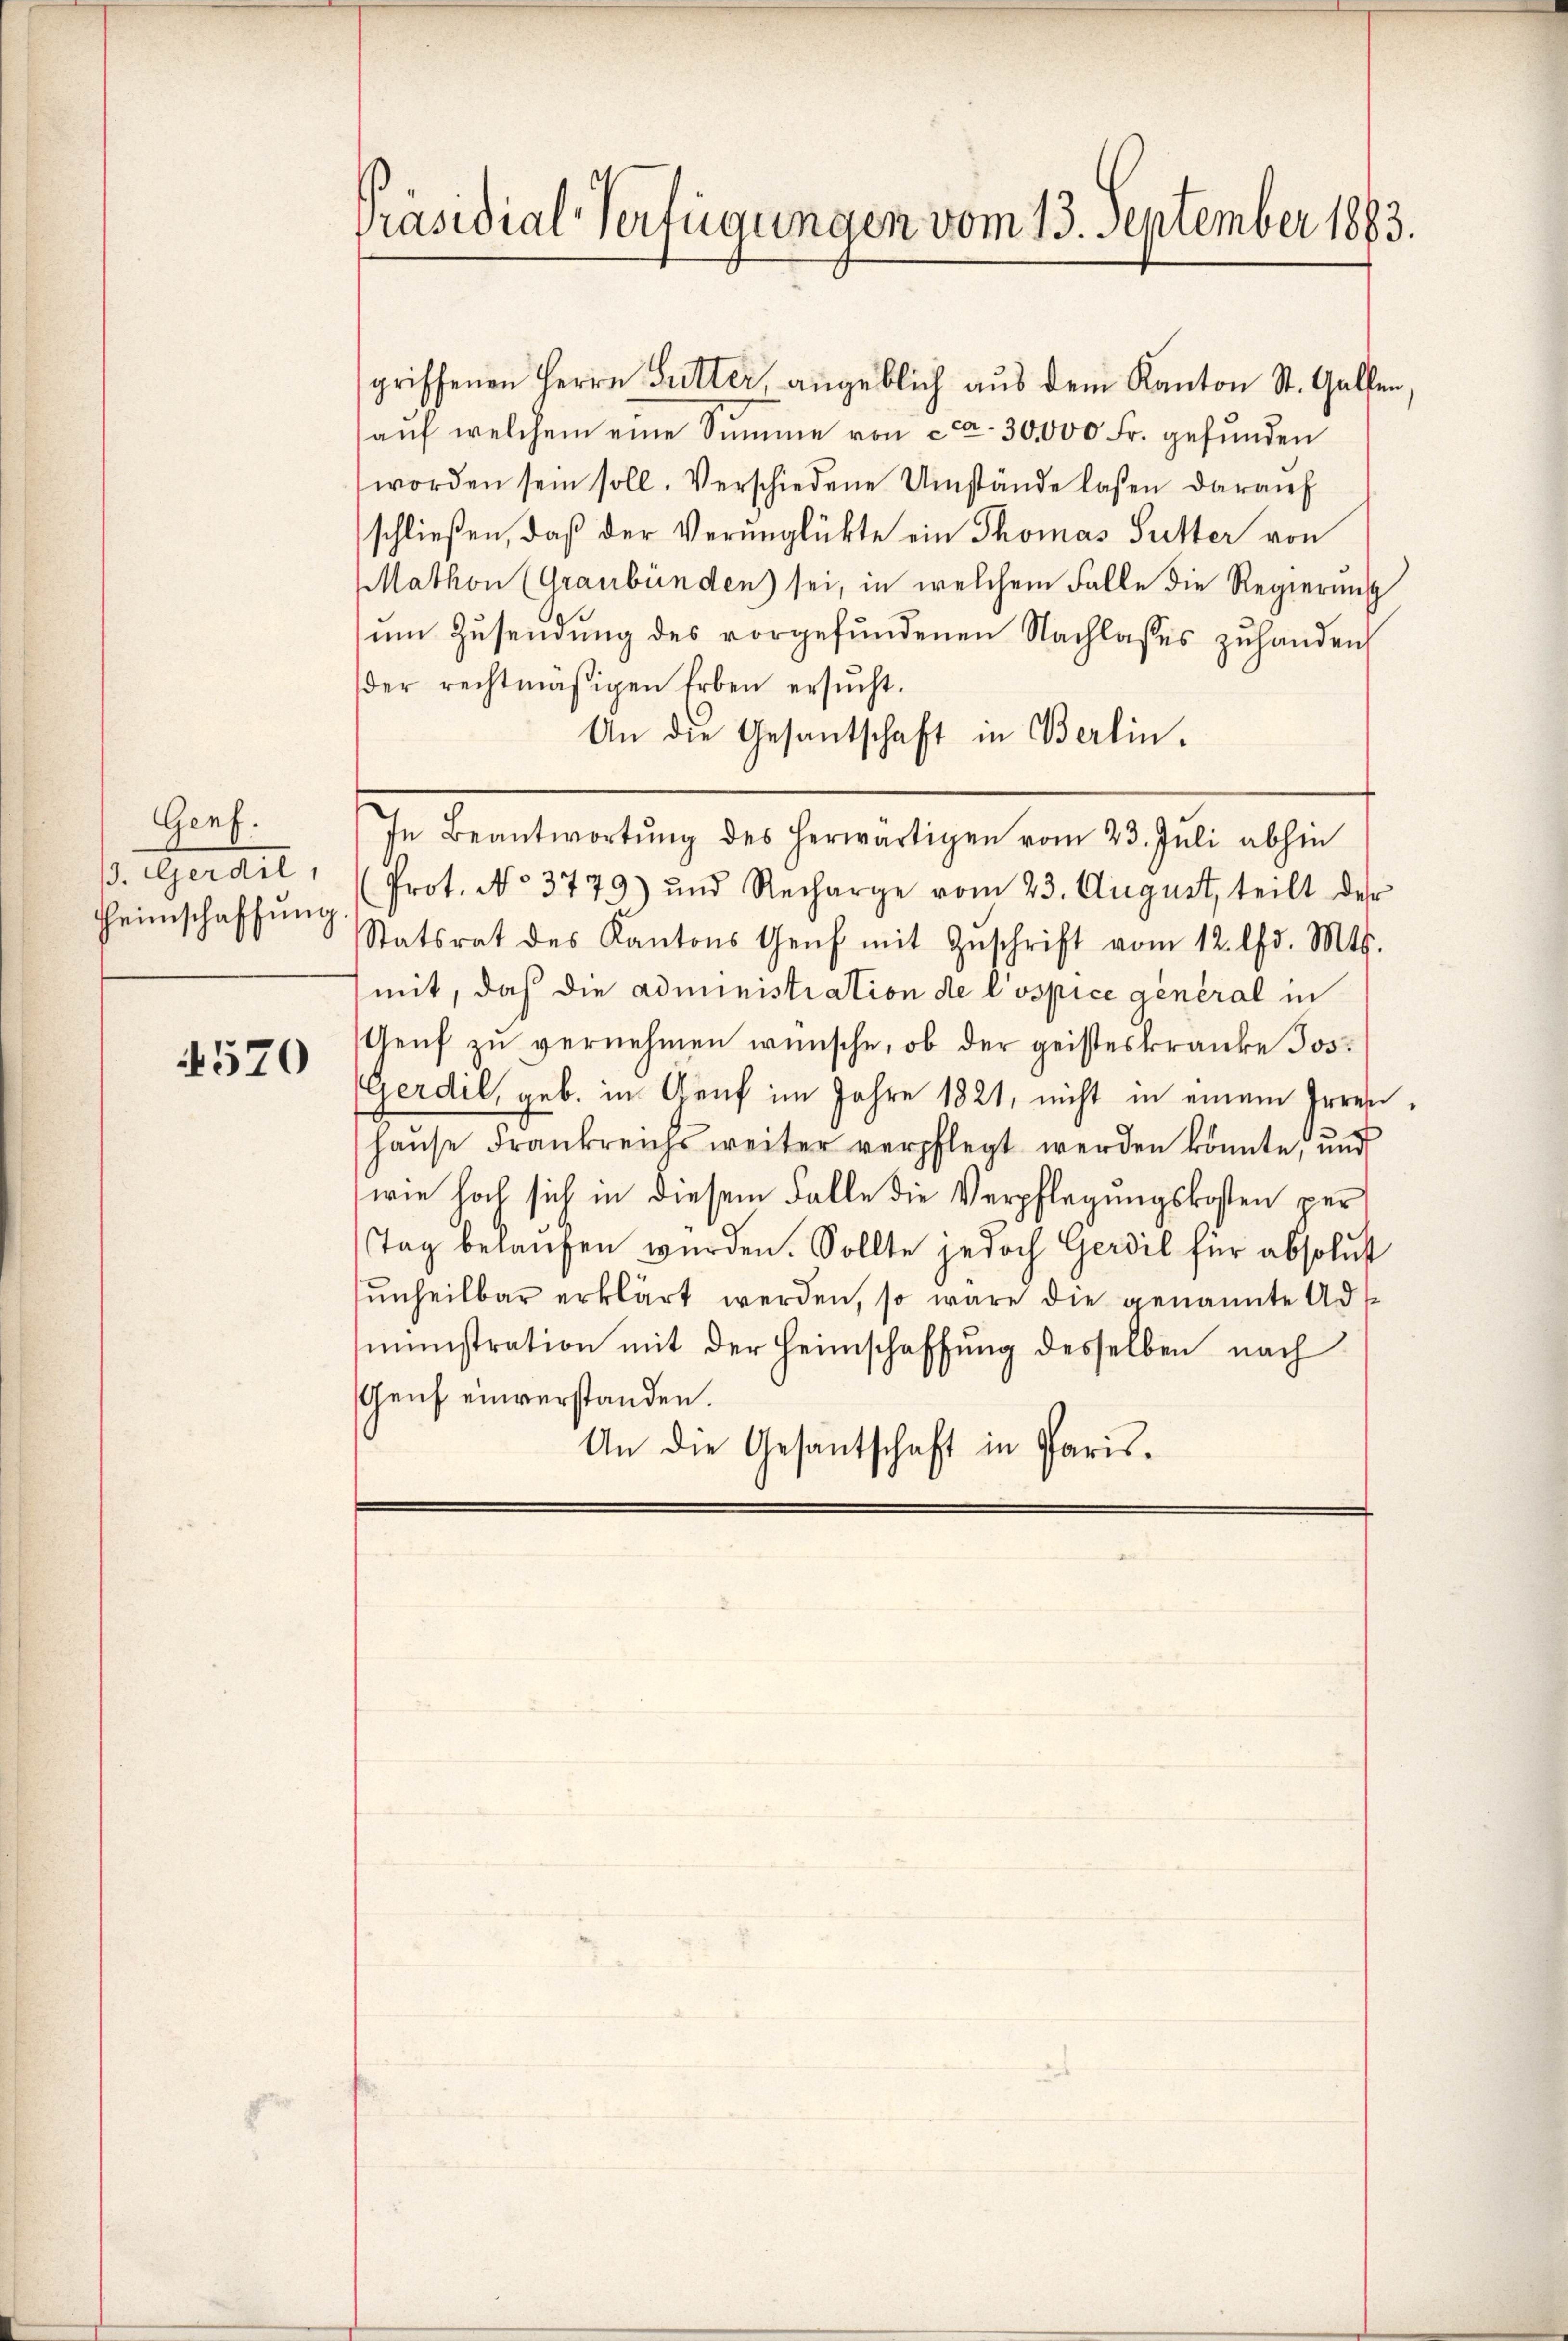
Genf.
s. Gerait,
Heimschaffung

570

Präsidial-Verfügungen vom 13. September 1883.

griffenen Herrn Gutter, angeblich aus dem Kanton St. Gallen,
aŭf welchem eine Summe von cca. 30,000 Fr. gefunden
worden sein soll. Verschiedene Umstände lassen daraŭf
schließen, daß der Verunglükte ein Thomas Sutter von
Mathon (Graubünden sei, in welchem Falle die Regierung
ŭm Zŭsendung des vorgefundenen Nachlasses zuhanden
der rechtmäßigen Erben ersŭcht.
An die Gesandtschaft in Berlin.
In Beantwortŭng des herwärtigen vom 23. Juli abhin
Prot. No. 3779) und Recharge vom 23. August, teilt der
Statsrat des Kantons Genf mit Zŭschrift vom 12. d. Mts.
mit, daß die administration de l’ospice général in
Genf zu vernehmen wünsche, ob der geisteskranke Jos.
Gerdil, geb. in Graf im Jahre 1821, nicht in einem Irrenhaŭse Frankreichs weiter verpflegt werden könnte, und
wie hoch sich in diesem Falle die Verpflegungskosten per
Tag belaufen wurden. Sollte jedoch Gerdil für absolut
unheilbar erklärt werden, so wäre die genannte Administration mit der Heimschaffung desselben nach
Genf einverstanden.
An die Gesantschaft in Paris¬